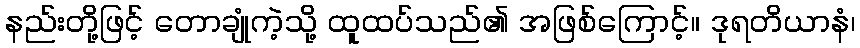
နည်းတို့ဖြင့် တောချုံကဲ့သို့ ထူထပ်သည်၏ အဖြစ်ကြောင့်။ ဒုရတိယာနံ၊